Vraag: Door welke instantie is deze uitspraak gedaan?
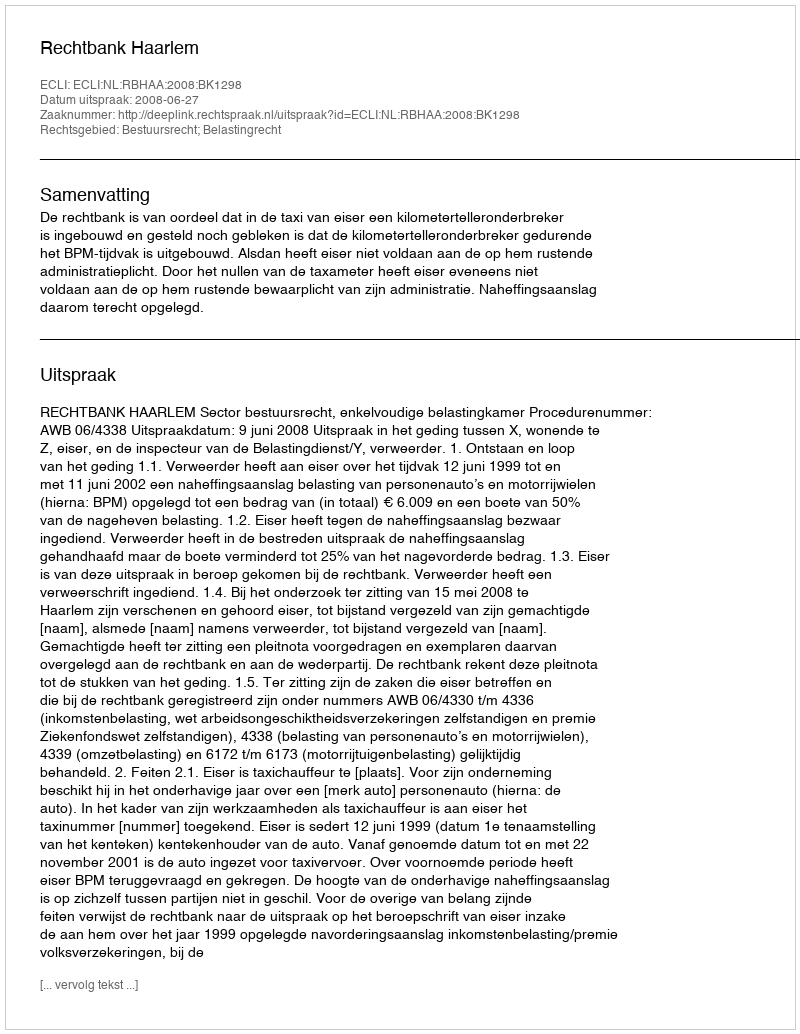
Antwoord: Rechtbank Haarlem